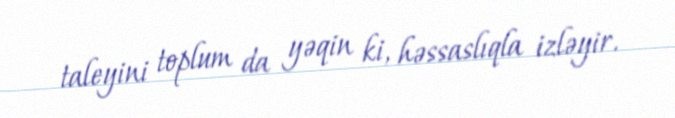
taleyini toplum da yəqin ki, həssaslıqla izləyir.